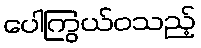
ပေါကြွယ်ဝသည့်